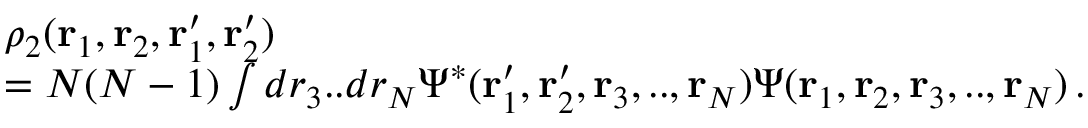
\begin{array} { r l } & { \rho _ { 2 } ( { \bf r } _ { 1 } , { \bf r } _ { 2 } , { \bf r } _ { 1 } ^ { \prime } , { \bf r } _ { 2 } ^ { \prime } ) } \\ & { = N ( N - 1 ) \int d r _ { 3 } . . d r _ { N } \Psi ^ { * } ( { \bf r } _ { 1 } ^ { \prime } , { \bf r } _ { 2 } ^ { \prime } , { \bf r } _ { 3 } , . . , { \bf r } _ { N } ) \Psi ( { \bf r } _ { 1 } , { \bf r } _ { 2 } , { \bf r } _ { 3 } , . . , { \bf r } _ { N } ) \, . } \end{array}